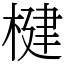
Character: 楗